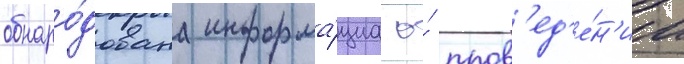
обнаро́дована информа́циа о́ пров'ед'е́н'ии